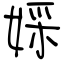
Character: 婇